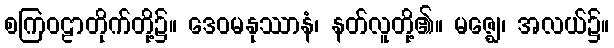
စကြဝဠာတိုက်တို့၌။ ဒေဝမနုဿာနံ၊ နတ်လူတို့၏။ မဇ္ဈေ၊ အလယ်၌။